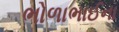
ભોળાભાઈના